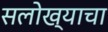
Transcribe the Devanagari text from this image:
सलोख्याचा